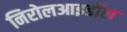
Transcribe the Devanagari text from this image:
निरोलआइडॉल